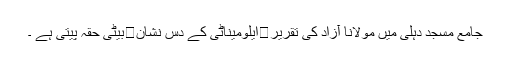
جامع مسجد دہلی میں مولانا آزاد کی تقریر	ایلومیناٹی کے دس نشان	بیٹی حقہ پیتی ہے ۔